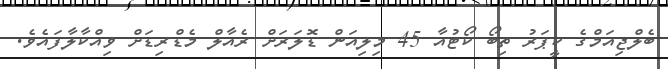
ބެލްޖިއަމްގެ ކީޕަރު ތިބޯ ކޯޓުއާ 45 މިލިއަން ޑޮލަރަށް ރެއާލް މެޑްރިޑަށް ވިއްކާލާފައެވެ.